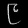
Digit: ၉